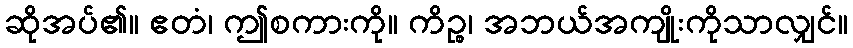
ဆိုအပ်၏။ ဧတံ၊ ဤစကားကို။ ကိဉ္စ၊ အဘယ်အကျိုးကိုသာလျှင်။